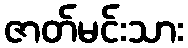
ဇာတ်မင်းသား